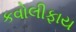
કવોલીફાય